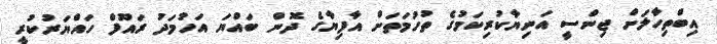
އިބްތިހާލަށް ޖިންސީ އަނިޔާކުރިކަމުގެ ތުހުމަތަށް އާފިޔާގެ ދޮން ބައްޔަ އަހުމަދު ރައޫފް ހައްޔަރުކުރީ